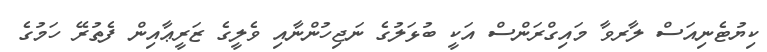
ކިޔުޓެނިއަސް ލާރވާ މައިގްރަންސް އަކީ ބުޅަލުގެ ނަޖިހުންނާއި ވެލީގެ ޒަރީޢާއިން ފެތުރޭ ހަމުގެ